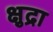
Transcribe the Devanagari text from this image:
क्षुद्रा